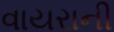
વાયરાની